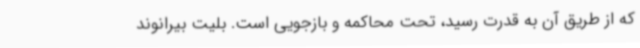
که از طریق آن به قدرت رسید، تحت محاکمه و بازجویی است. بلیت بیرانوند